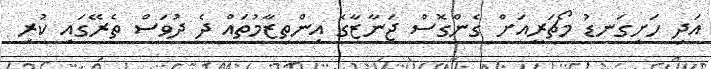
އަދި ހަށިގަނޑު މޯޗަރީއަށް ގެންގޮސް ޖަނާޒާގެ އިންތިޒާމުތައް ދެ ދުވަސް ތެރޭގައި ކުރި